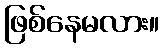
ဖြစ်နေမလား။